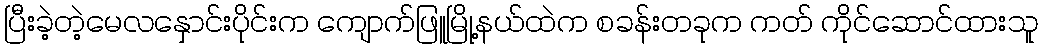
ပြီးခဲ့တဲ့မေလနှောင်းပိုင်းက ကျောက်ဖြူမြို့နယ်ထဲက စခန်းတခုက ကတ် ကိုင်ဆောင်ထားသူ